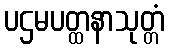
ပဌမပတ္ထနာသုတ္တံ